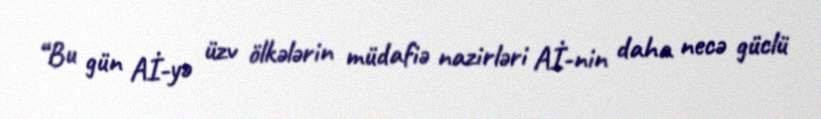
“Bu gün Aİ-yə üzv ölkələrin müdafiə nazirləri Aİ-nin daha necə güclü